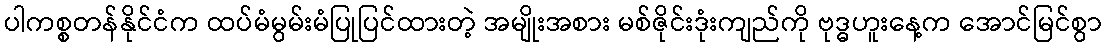
ပါကစ္စတန်နိုင်ငံက ထပ်မံမွမ်းမံပြုပြင်ထားတဲ့ အမျိုးအစား မစ်ဇိုင်းဒုံးကျည်ကို ဗုဒ္ဓဟူးနေ့က အောင်မြင်စွာ